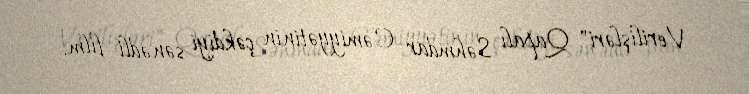
Verilişləri" Qapalı Səhmdar Cəmiyyətinin çəkdiyi sənədli film.